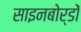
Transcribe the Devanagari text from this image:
साइनबोर्डों